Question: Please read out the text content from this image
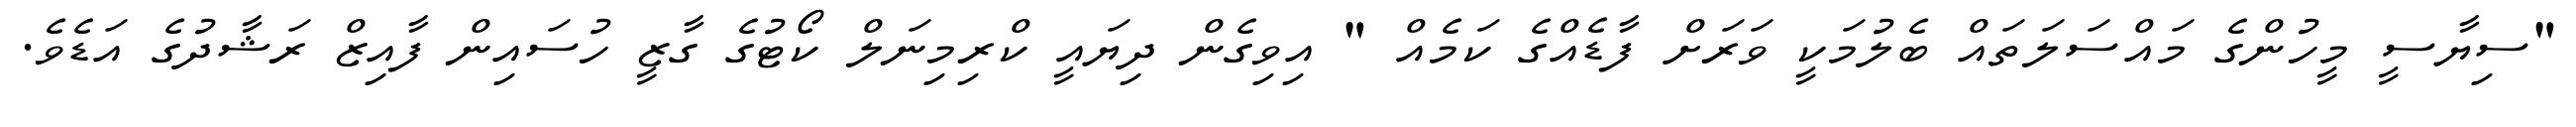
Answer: "ސިޔާސީ މީހުންގެ މައްސަލަތައް ބެލުމަކީ ވަރަށް ފާޑެއްގެ ކަމެއް " އިވިގެން ދިޔައީ ކްރިމިނަލް ކޯޓުގެ ގާޒީ ހުސައިން ފާއިޒް ރަޝާދުގެ އަޑެވެ.